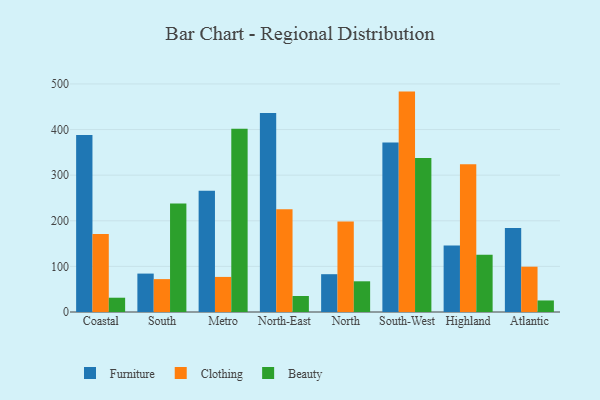
{"axis": {"x": "Region", "y": "Energy Usage (MWh)"}, "legend": ["Beauty", "Clothing", "Furniture"], "data": [{"x": "Coastal", "y": 387.8, "type": "Furniture"}, {"x": "Coastal", "y": 170.8, "type": "Clothing"}, {"x": "Coastal", "y": 31.3, "type": "Beauty"}, {"x": "South", "y": 84.2, "type": "Furniture"}, {"x": "South", "y": 72.1, "type": "Clothing"}, {"x": "South", "y": 238.0, "type": "Beauty"}, {"x": "Metro", "y": 266.0, "type": "Furniture"}, {"x": "Metro", "y": 76.9, "type": "Clothing"}, {"x": "Metro", "y": 401.9, "type": "Beauty"}, {"x": "North-East", "y": 436.3, "type": "Furniture"}, {"x": "North-East", "y": 225.0, "type": "Clothing"}, {"x": "North-East", "y": 35.1, "type": "Beauty"}, {"x": "North", "y": 82.9, "type": "Furniture"}, {"x": "North", "y": 198.2, "type": "Clothing"}, {"x": "North", "y": 67.3, "type": "Beauty"}, {"x": "South-West", "y": 371.4, "type": "Furniture"}, {"x": "South-West", "y": 483.2, "type": "Clothing"}, {"x": "South-West", "y": 337.8, "type": "Beauty"}, {"x": "Highland", "y": 145.7, "type": "Furniture"}, {"x": "Highland", "y": 323.7, "type": "Clothing"}, {"x": "Highland", "y": 125.3, "type": "Beauty"}, {"x": "Atlantic", "y": 184.3, "type": "Furniture"}, {"x": "Atlantic", "y": 99.3, "type": "Clothing"}, {"x": "Atlantic", "y": 25.3, "type": "Beauty"}]}